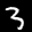
Label: 3